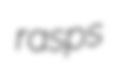
rasps